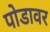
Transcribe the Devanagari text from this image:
पोडावर